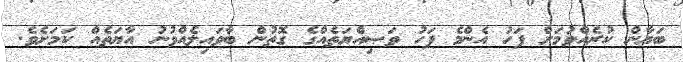
ބަޔާން ކުރެއްވުމަށް ފަހު އެންމެ ފަހު ވަޞިއްޔަތެއްގެ ގޮތުން ބާވައިލެއްވުނު އާޔަތެއް ކަމަށެވެ.